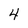
Character: 4